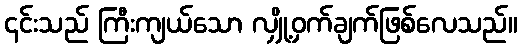
၎င်းသည် ကြီးကျယ်သော လျှို့ဝှက်ချက်ဖြစ်လေသည်။